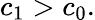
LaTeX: c_{1}>c_{0}.